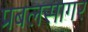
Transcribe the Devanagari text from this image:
प्रबलसागर